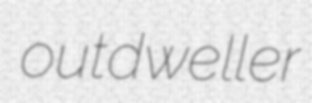
outdweller